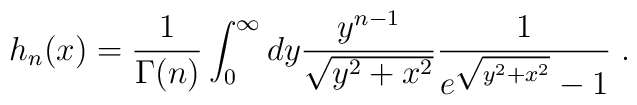
h_n(x) = \frac{1}{\Gamma(n)}\int_0^\infty dy \frac{y^{n-1}}{\sqrt{y^2+x^2}}\frac{1}{e^{\sqrt{y^2+x^2}}-1}\;.